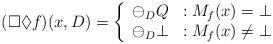
LaTeX: \begin{align*} (\Box \Diamond f) (x, D) = \left\{ \begin{array}{lr} \ominus_D Q & : M_f(x) = \bot \\ \ominus_D \bot & : M_f(x) \neq \bot \end{array} \right.\end{align*}